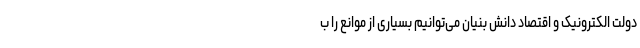
دولت الکترونیک و اقتصاد دانش بنیان می‌توانیم بسیاری از موانع را ب